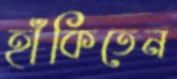
হাঁকিতেন